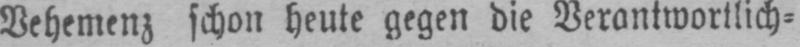
Vehemenz schon heute gegen die Verantwortlich⸗